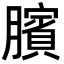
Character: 臏